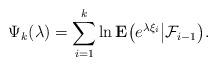
LaTeX: \begin{align*}\Psi _k ( \lambda )=\sum_{i=1}^k\ln \mathbf{E}\big( e^{\lambda \xi _i} \big|\mathcal{F}_{i-1} \big). \end{align*}